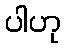
ပါဟု